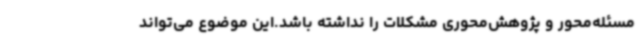
مسئله‌محور و پژوهش‌محوری مشکلات را نداشته باشد.این موضوع می‌تواند